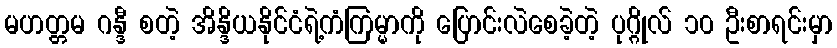
မဟတ္တမ ဂန္ဒီ စတဲ့ အိန္ဒိယနိုင်ငံရဲ့ကံကြမ္မာကို ပြောင်းလဲစေခဲ့တဲ့ ပုဂ္ဂိုလ် ၁၀ ဦးစာရင်းမှာ